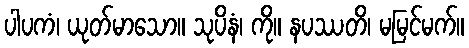
ပါပကံ၊ ယုတ်မာသော။ သုပိနံ၊ ကို။ နပဿတိ၊ မမြင်မက်။